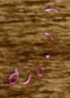
المنازل